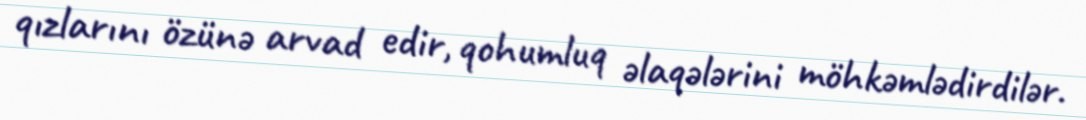
qızlarını özünə arvad edir, qohumluq əlaqələrini möhkəmlədirdilər.